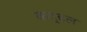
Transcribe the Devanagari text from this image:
कद्हल